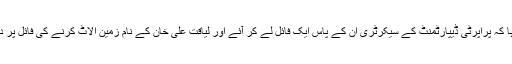
بعد میں ہمیں معلوم ہا کہ پراپرٹی ڈیپارٹمنٹ کے سیکرٹری ان کے پاس ایک فائل لے کر آئے اور لیاقت علی خان کے نام زمین الاٹ کرنے کی فائل پر دستخط کا مطالبہ کیا۔